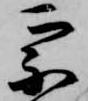
宗